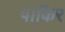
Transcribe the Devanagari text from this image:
पाकिर